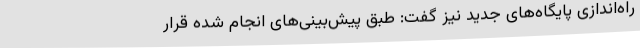
راه‌اندازی پایگاه‌های جدید نیز گفت: طبق پیش‌بینی‌های انجام شده قرار